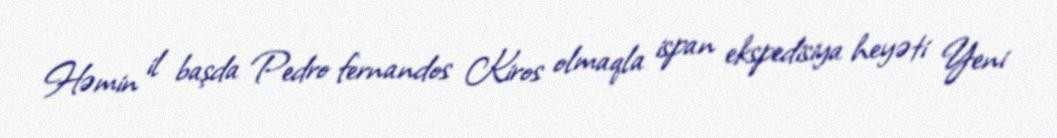
Həmin il başda Pedro fernandos Kiros olmaqla ispan ekspedisiya heyəti Yeni